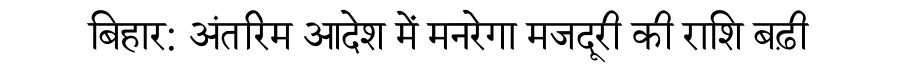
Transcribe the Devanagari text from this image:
बिहार: अंतरिम आदेश में मनरेगा मजदूरी की राशि बढ़ी